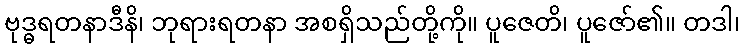
ဗုဒ္ဓရတနာဒီနိ၊ ဘုရားရတနာ အစရှိသည်တို့ကို။ ပူဇေတိ၊ ပူဇော်၏။ တဒါ၊